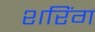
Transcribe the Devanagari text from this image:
शरिंग